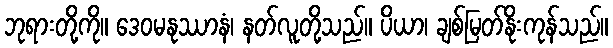
ဘုရားတို့ကို။ ဒေဝမနုဿာနံ၊ နတ်လူတို့သည်။ ပိယာ၊ ချစ်မြတ်နိုးကုန်သည်။